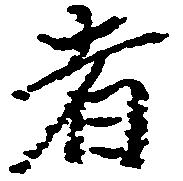
者